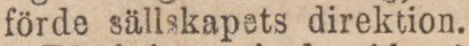
förde sällskapets direktion.